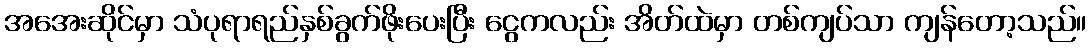
အအေးဆိုင်မှာ သံပုရာရည်နှစ်ခွက်ဖိုးပေးပြီး ငွေကလည်း အိတ်ထဲမှာ တစ်ကျပ်သာ ကျန်တော့သည်။